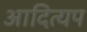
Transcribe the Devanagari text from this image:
आदित्यप